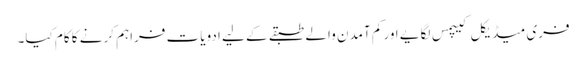
فری میڈیکل کیپمس لگایے اور کم آمدن والے طبقے کے لیے ادویات فراہم کرنے کا کام کیا۔